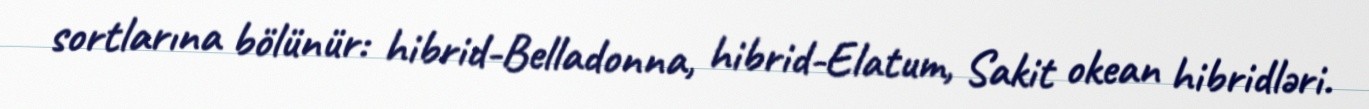
sortlarına bölünür: hibrid-Belladonna, hibrid-Elatum, Sakit okean hibridləri.